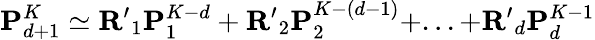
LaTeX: \mathbf{{P}}_{d+1}^{K}\simeq\mathbf{{R}^{\prime}}_{1}\mathbf{{P}}_{1}^{K-d}+\mathbf{{R}^{\prime}}_{2}\mathbf{{P}}_{2}^{K-(d-1)}+...+\mathbf{{R^{\prime}}}_{d}\mathbf{{P}}_{d}^{K-1}